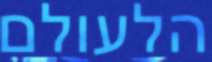
הלעולם